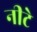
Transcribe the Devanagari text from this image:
नीटे